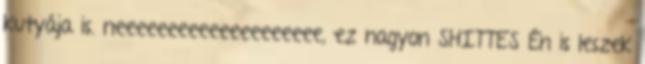
kutyája is. neeeeeeeeeeeeeeeeeeee, ez nagyon SHITTES Én is leszek